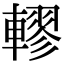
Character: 轇